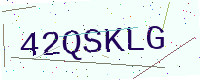
Text: 42QSKLG